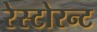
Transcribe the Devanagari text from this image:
रेस्टोरन्ट